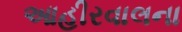
આહીરવાલના